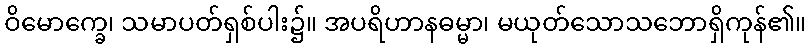
ဝိမောက္ခေ၊ သမာပတ်ရှစ်ပါး၌။ အပရိဟာနဓမ္မာ၊ မယုတ်သောသဘောရှိကုန်၏။